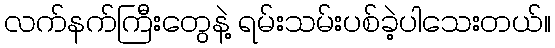
လက်နက်ကြီးတွေနဲ့ ရမ်းသမ်းပစ်ခဲ့ပါသေးတယ်။